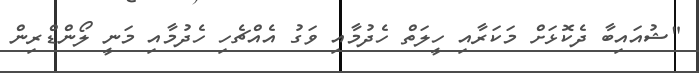
"ޝުއައިބާ ދެކޮޅަށް މަކަރާއި ހީލަތް ހެދުމާއި ވަގު އެއްޗެހި ހެދުމާއި މަނީ ލޯންޑްރިން